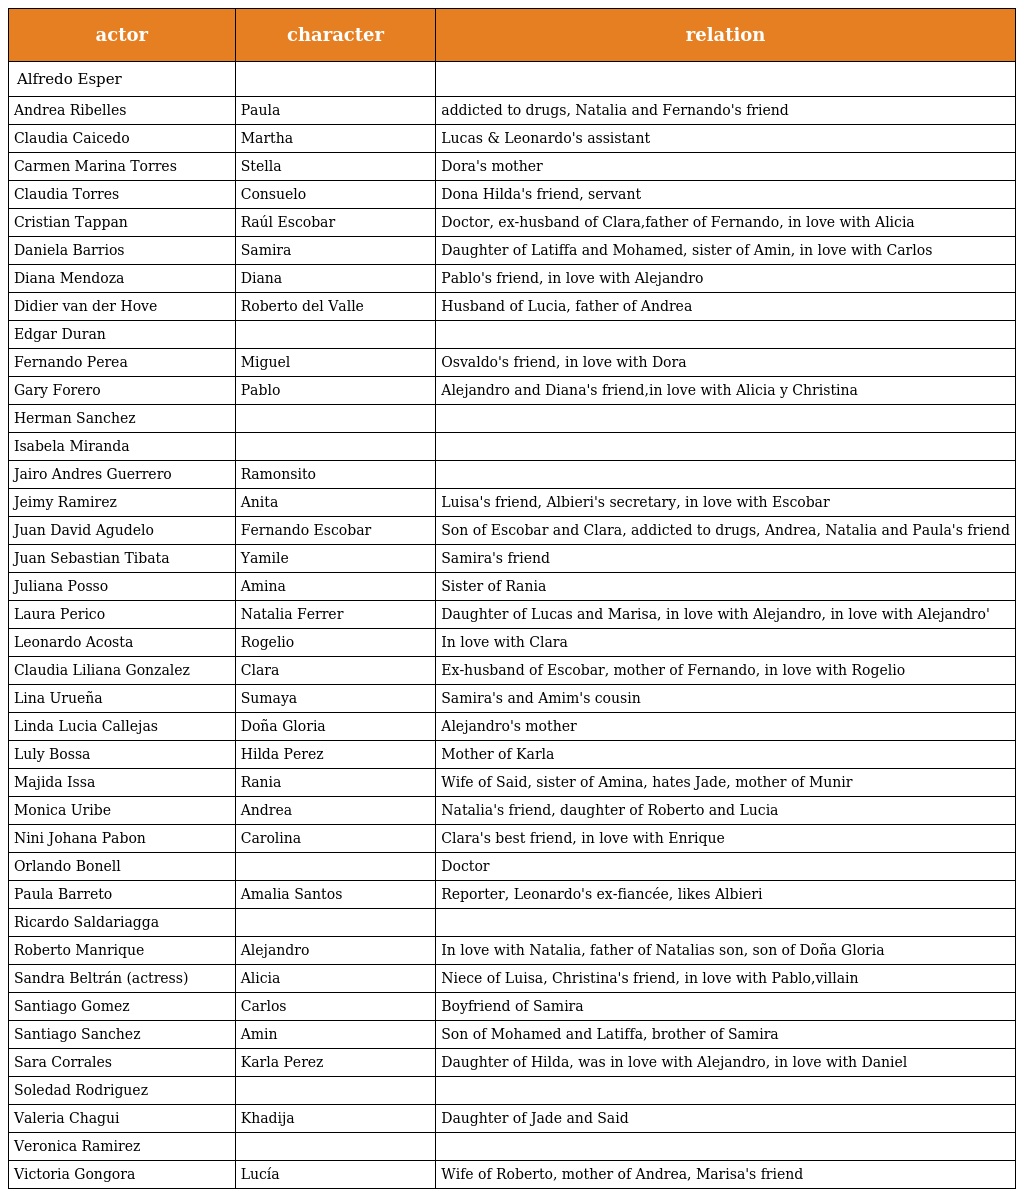
| actor | character | relation |
 | --- | --- | --- |
 | Alfredo Esper |  |  |
 | Andrea Ribelles | Paula | addicted to drugs, Natalia and Fernando's friend |
 | Claudia Caicedo | Martha | Lucas & Leonardo's assistant |
 | Carmen Marina Torres | Stella | Dora's mother |
 | Claudia Torres | Consuelo | Dona Hilda's friend, servant |
 | Cristian Tappan | Raúl Escobar | Doctor, ex-husband of Clara,father of Fernando, in love with Alicia |
 | Daniela Barrios | Samira | Daughter of Latiffa and Mohamed, sister of Amin, in love with Carlos |
 | Diana Mendoza | Diana | Pablo's friend, in love with Alejandro |
 | Didier van der Hove | Roberto del Valle | Husband of Lucia, father of Andrea |
 | Edgar Duran |  |  |
 | Fernando Perea | Miguel | Osvaldo's friend, in love with Dora |
 | Gary Forero | Pablo | Alejandro and Diana's friend,in love with Alicia y Christina |
 | Herman Sanchez |  |  |
 | Isabela Miranda |  |  |
 | Jairo Andres Guerrero | Ramonsito |  |
 | Jeimy Ramirez | Anita | Luisa's friend, Albieri's secretary, in love with Escobar |
 | Juan David Agudelo | Fernando Escobar | Son of Escobar and Clara, addicted to drugs, Andrea, Natalia and Paula's friend |
 | Juan Sebastian Tibata | Yamile | Samira's friend |
 | Juliana Posso | Amina | Sister of Rania |
 | Laura Perico | Natalia Ferrer | Daughter of Lucas and Marisa, in love with Alejandro, in love with Alejandro' |
 | Leonardo Acosta | Rogelio | In love with Clara |
 | Claudia Liliana Gonzalez | Clara | Ex-husband of Escobar, mother of Fernando, in love with Rogelio |
 | Lina Urueña | Sumaya | Samira's and Amim's cousin |
 | Linda Lucia Callejas | Doña Gloria | Alejandro's mother |
 | Luly Bossa | Hilda Perez | Mother of Karla |
 | Majida Issa | Rania | Wife of Said, sister of Amina, hates Jade, mother of Munir |
 | Monica Uribe | Andrea | Natalia's friend, daughter of Roberto and Lucia |
 | Nini Johana Pabon | Carolina | Clara's best friend, in love with Enrique |
 | Orlando Bonell |  | Doctor |
 | Paula Barreto | Amalia Santos | Reporter, Leonardo's ex-fiancée, likes Albieri |
 | Ricardo Saldariagga |  |  |
 | Roberto Manrique | Alejandro | In love with Natalia, father of Natalias son, son of Doña Gloria |
 | Sandra Beltrán (actress) | Alicia | Niece of Luisa, Christina's friend, in love with Pablo,villain |
 | Santiago Gomez | Carlos | Boyfriend of Samira |
 | Santiago Sanchez | Amin | Son of Mohamed and Latiffa, brother of Samira |
 | Sara Corrales | Karla Perez | Daughter of Hilda, was in love with Alejandro, in love with Daniel |
 | Soledad Rodriguez |  |  |
 | Valeria Chagui | Khadija | Daughter of Jade and Said |
 | Veronica Ramirez |  |  |
 | Victoria Gongora | Lucía | Wife of Roberto, mother of Andrea, Marisa's friend |